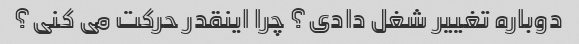
دوباره تغییر شغل دادی؟ چرا اینقدر حرکت می کنی؟